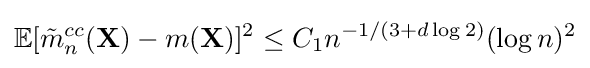
\mathbb {E} [{\tilde {m}}_{n}^{cc}(\mathbf {X} )-m(\mathbf {X} )]^{2}\leq C_{1}n^{-1/(3+d\log 2)}(\log n)^{2}